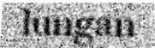
lungan